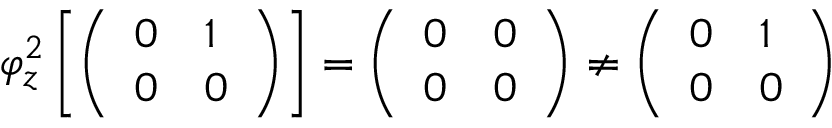
\varphi _ { z } ^ { 2 } \left[ { \left( \begin{array} { l l } { 0 } & { 1 } \\ { 0 } & { 0 } \end{array} \right) } \right] = { \left( \begin{array} { l l } { 0 } & { 0 } \\ { 0 } & { 0 } \end{array} \right) } \neq { \left( \begin{array} { l l } { 0 } & { 1 } \\ { 0 } & { 0 } \end{array} \right) }